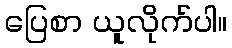
ပြေစာ ယူလိုက်ပါ။